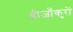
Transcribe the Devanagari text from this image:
बीजाँकुरों